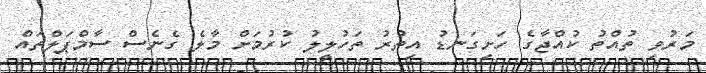
މަރުވި ތުއްތު ކުއްޖާގެ ހަށިގަނޑު އިތުރު ތަހުލީލު ކުރުމަށް މާލެ ގެނެސް ސާމްޕަލްތައް